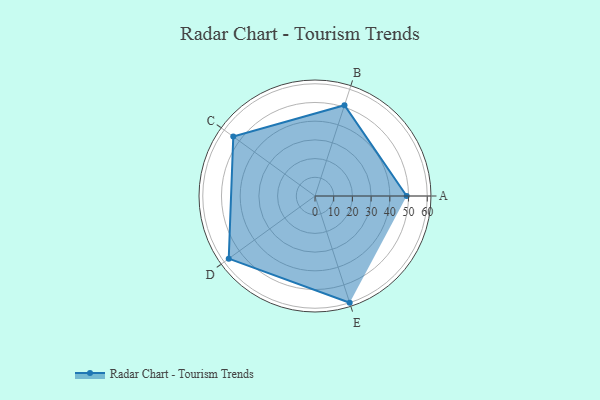
{"axis": {"x": "Skill", "y": "Score"}, "legend": ["Profile"], "data": [{"x": "A", "y": 49.0, "type": "Profile"}, {"x": "B", "y": 51.0, "type": "Profile"}, {"x": "C", "y": 54.0, "type": "Profile"}, {"x": "D", "y": 57.0, "type": "Profile"}, {"x": "E", "y": 60.0, "type": "Profile"}]}